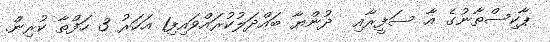
ޕާކިސްތާނުގެ އާ ސަފީރާއި  ދުންޔާ ބައްދަލުކުރައްވައިފި1 އަހަރު 3 ހަފްތާ ކުރިން.